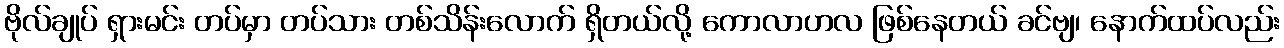
ဗိုလ်ချုပ် ရှားမင်း တပ်မှာ တပ်သား တစ်သိန်းလောက် ရှိတယ်လို့ ကောလာဟလ ဖြစ်နေတယ် ခင်ဗျ၊ နောက်ထပ်လည်း